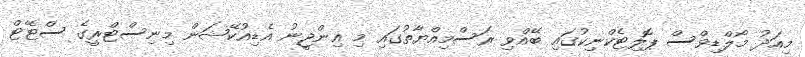
މިއަދު މޯލްޑިވްސް ޕޮލިޓެކްނިކުގައި ބޭއްވި ރަސްމިއްޔާތުގައި މި އިންޖީނު އެޑިއުކޭޝަން މިނިސްޓްރީގެ ސްޓޭޓް